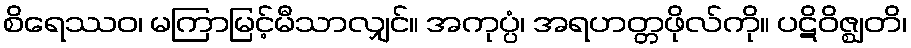
စိရေဿဝ၊ မကြာမြင့်မီသာလျှင်။ အကုပ္ပံ၊ အရဟတ္တဖိုလ်ကို။ ပဋိဝိဇ္ဈတိ၊